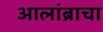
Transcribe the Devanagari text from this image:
आलांब्राचा